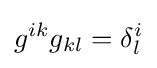
g^{ik}g_{kl}=\delta _{l}^{i}